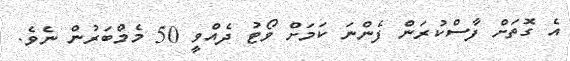
އެ ގޮތަށް ފާސްކުރަން ފެންނަ ކަމަށް ވޯޓު ދެއްވީ 50 މެމްބަރުން ނެވެ.